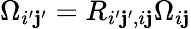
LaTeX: \Omega_{i^{\prime}\mathbf{j}^{\prime}}=R_{i^{\prime}\mathbf{j}^{\prime},i\mathbf{j}}\Omega_{i\mathbf{j}}